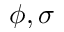
\phi , \sigma